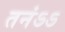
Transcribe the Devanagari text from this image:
तनंऽऽ